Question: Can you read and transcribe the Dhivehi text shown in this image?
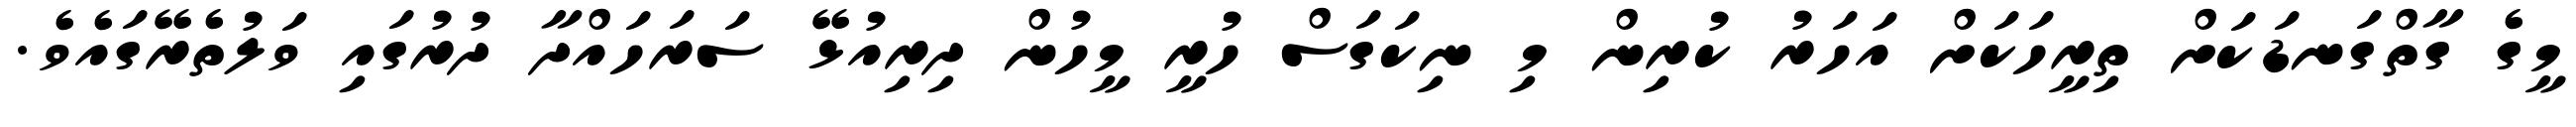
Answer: މީގެ ގާތްގަނޑަކަށް ތިރީހަކަށް އަހަރު ކުރިން މި ނިކަގަސް ހުރީ މީހުން ދިރިއުޅޭ ސަރަހައްދާ ދުރުގައި ވަލުތެރޭގައެވެ.